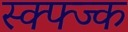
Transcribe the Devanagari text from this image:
स्क्फ्ज्क